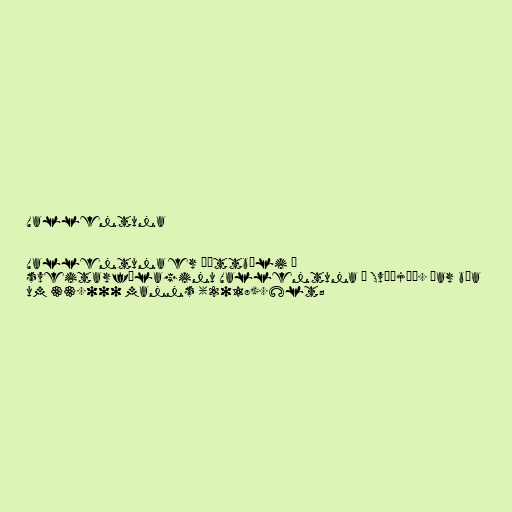
Vallentuna

Vallentuna er þéttbýli í
sveitarfélaginu Vallentuna í Svíþjóð. Þar búa
um 33.000 manns (2018).&lt;